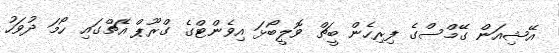
އޭޝިއަން ގޭމްސްގެ ފިރިހެން ބީޗް ވޮލީބޯޅަ އިވެންޓްގެ ގްރޫޕް އެޗްގައި ހޯމަ ދުވަހު